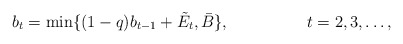
\begin{align*}b_t=\min\{(1-q)b_{t-1}+\tilde{E}_t,\bar{B}\},&&t=2,3,\ldots,\end{align*}